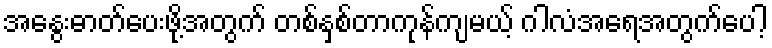
အနွေးဓာတ်ပေးဖို့အတွက် တစ်နှစ်တာကုန်ကျမယ့် ဂါလံအရေအတွက်ပေါ့